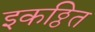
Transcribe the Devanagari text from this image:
इकठ्ठित